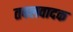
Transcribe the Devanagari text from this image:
तबलवादक